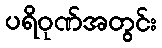
ပရိဝုဏ်အတွင်း